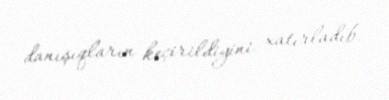
danışıqların keçirildiyini xatırladıb.